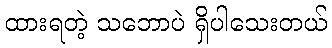
ထားရတဲ့ သဘောပဲ ရှိပါသေးတယ်